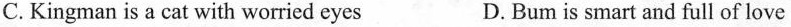
C.Kingman is a cat with worried eyes D.Bum is smart and full of love